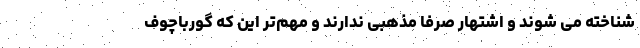
شناخته می شوند و اشتهار صرفا مذهبی ندارند و مهم‌تر این که گورباچوف